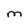
Character: M